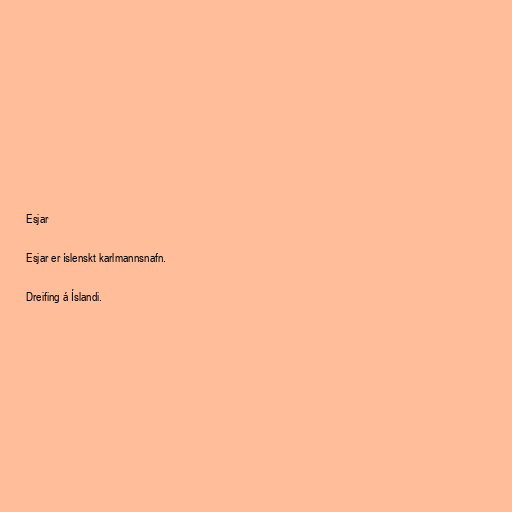
Esjar

Esjar er íslenskt karlmannsnafn.

Dreifing á Íslandi.